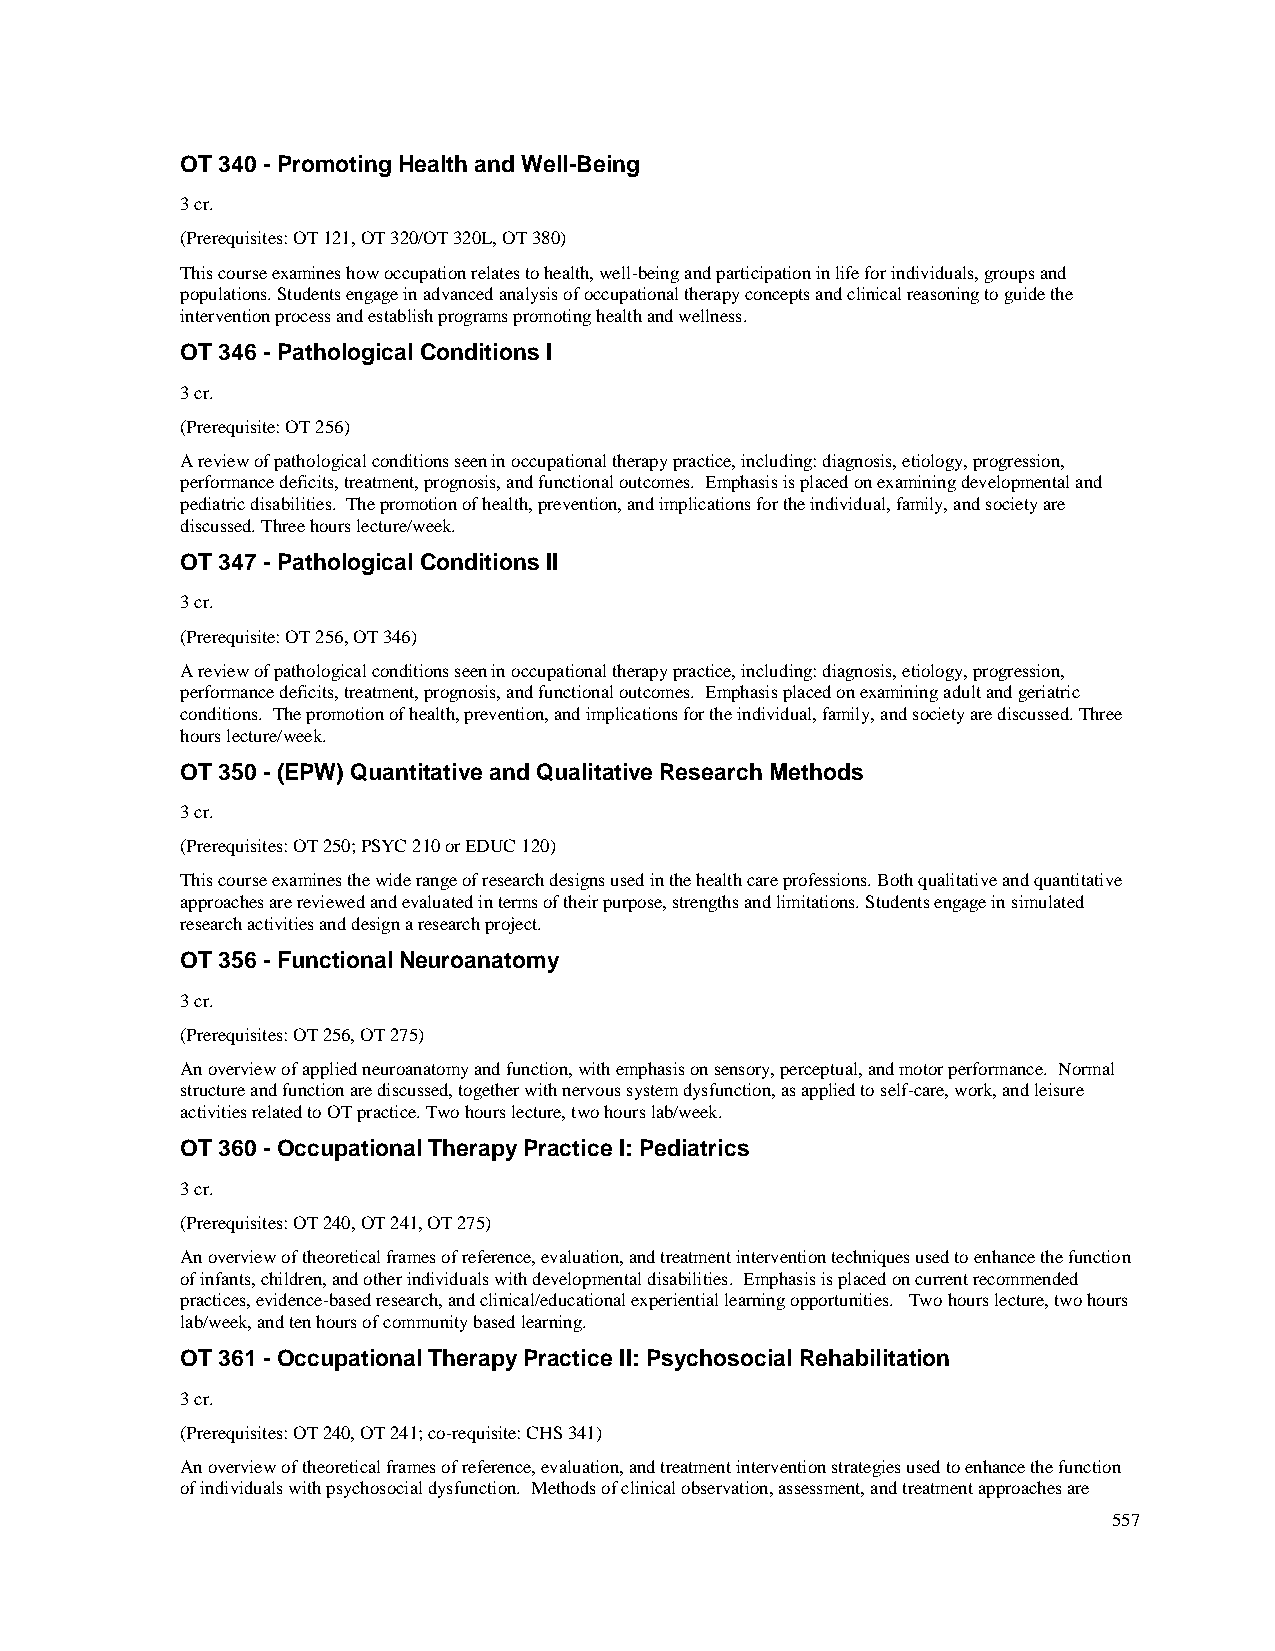
OT 340 - Promoting Health and Well-Being
 3 cr.
 (Prerequisites: OT 121, OT 320/OT 320L, OT 380)
 This course examines how occupation relates to health, well-being and participation in life for individuals, groups and
 populations. Students engage in advanced analysis of occupational therapy concepts and clinical reasoning to guide the
 intervention process and establish programs promoting health and wellness.
 OT 346 - Pathological Conditions I
 3 cr.
 (Prerequisite: OT 256)
 A review of pathological conditions seen in occupational therapy practice, including: diagnosis, etiology, progression,
 performance deficits, treatment, prognosis, and functional outcomes. Emphasis is placed on examining developmental and
 pediatric disabilities. The promotion of health, prevention, and implications for the individual, family, and society are
 discussed. Three hours lecture/week.
 OT 347 - Pathological Conditions II
 3 cr.
 (Prerequisite: OT 256, OT 346)
 A review of pathological conditions seen in occupational therapy practice, including: diagnosis, etiology, progression,
 performance deficits, treatment, prognosis, and functional outcomes. Emphasis placed on examining adult and geriatric
 conditions. The promotion of health, prevention, and implications for the individual, family, and society are discussed. Three
 hours lecture/week.
 OT 350 - (EPW) Quantitative and Qualitative Research Methods
 3 cr.
 (Prerequisites: OT 250; PSYC 210 or EDUC 120)
 This course examines the wide range of research designs used in the health care professions. Both qualitative and quantitative
 approaches are reviewed and evaluated in terms of their purpose, strengths and limitations. Students engage in simulated
 research activities and design a research project.
 OT 356 - Functional Neuroanatomy
 3 cr.
 (Prerequisites: OT 256, OT 275)
 An overview of applied neuroanatomy and function, with emphasis on sensory, perceptual, and motor performance. Normal
 structure and function are discussed, together with nervous system dysfunction, as applied to self-care, work, and leisure
 activities related to OT practice. Two hours lecture, two hours lab/week.
 OT 360 - Occupational Therapy Practice I: Pediatrics
 3 cr.
 (Prerequisites: OT 240, OT 241, OT 275)
 An overview of theoretical frames of reference, evaluation, and treatment intervention techniques used to enhance the function
 of infants, children, and other individuals with developmental disabilities. Emphasis is placed on current recommended
 practices, evidence-based research, and clinical/educational experiential learning opportunities. Two hours lecture, two hours
 lab/week, and ten hours of community based learning.
 OT 361 - Occupational Therapy Practice II: Psychosocial Rehabilitation
 3 cr.
 (Prerequisites: OT 240, OT 241; co-requisite: CHS 341)
 An overview of theoretical frames of reference, evaluation, and treatment intervention strategies used to enhance the function
 of individuals with psychosocial dysfunction. Methods of clinical observation, assessment, and treatment approaches are
 557